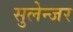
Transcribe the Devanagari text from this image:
सुलेन्जर